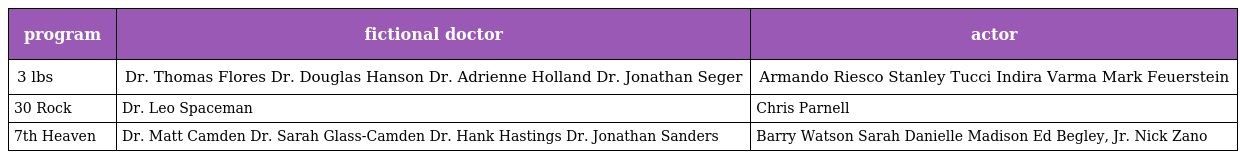
| program | fictional doctor | actor |
 | --- | --- | --- |
 | 3 lbs | Dr. Thomas Flores Dr. Douglas Hanson Dr. Adrienne Holland Dr. Jonathan Seger | Armando Riesco Stanley Tucci Indira Varma Mark Feuerstein |
 | 30 Rock | Dr. Leo Spaceman | Chris Parnell |
 | 7th Heaven | Dr. Matt Camden Dr. Sarah Glass-Camden Dr. Hank Hastings Dr. Jonathan Sanders | Barry Watson Sarah Danielle Madison Ed Begley, Jr. Nick Zano |